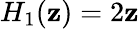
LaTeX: H_{1}(\mathbf{z})=2\mathbf{z}